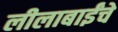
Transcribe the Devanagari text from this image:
लीलाबाईंचे